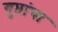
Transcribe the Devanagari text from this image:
गुप्तांचा